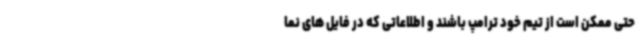
حتی ممکن است از تیم خود ترامپ باشند و اطلاعاتی که در فایل های نما